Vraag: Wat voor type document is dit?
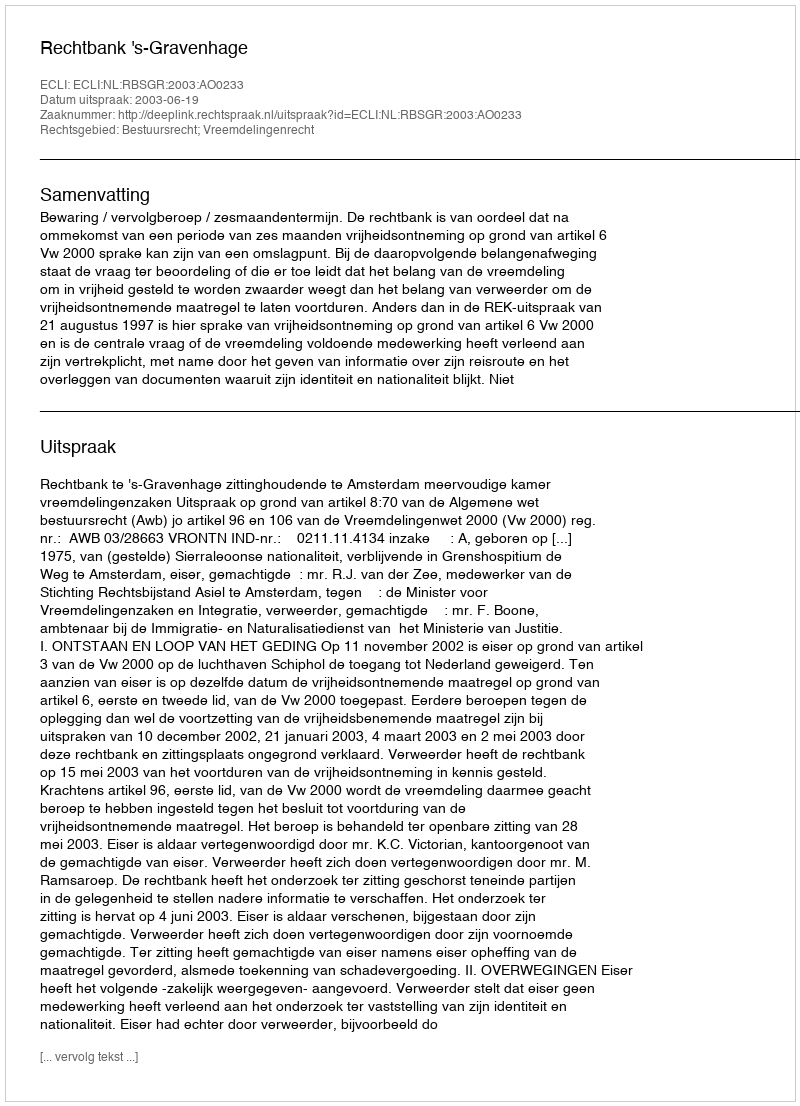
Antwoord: Uitspraak